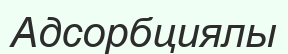
Адсорбциялы